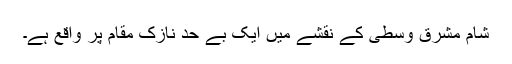
شام مشرقِ وسطیٰ کے نقشے میں ایک بے حد نازک مقام پر واقع ہے۔